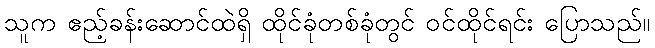
သူက ဧည့်ခန်းဆောင်ထဲရှိ ထိုင်ခုံတစ်ခုံတွင် ဝင်ထိုင်ရင်း ပြောသည်။